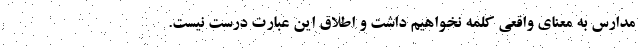
مدارس به معنای واقعی کلمه نخواهیم داشت و اطلاق این عبارت درست نیست.